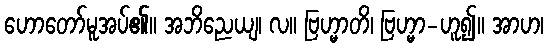
ဟောတော်မူအပ်၏။ အဘိညေယျ၊ လ။ ဗြဟ္မာတိ၊ ဗြဟ္မာ-ဟူ၍။ အာဟ၊